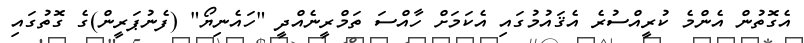
އެގޮތުން އެންމެ ކުރީއްސުރެ އެޤައުމުގައި އެކަމަށް ހާއްސަ ތަމްރީނެއްދީ "ހައެނިޔޯ" (ފެނުޕަރީން)ގެ ގޮތުގައި